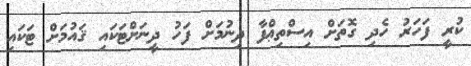
ކުރީ ފަހަރު ހެދި ގޮތަށް އިސްތިޢްފާ ދިނުމަށް ފަހު ދީނަށްޓަކައި ޤައުމަށް ޓަކައި